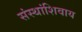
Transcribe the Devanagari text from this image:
संस्थांशिवाय